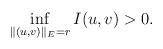
\begin{align*}\mathop{\inf}\limits_{\|(u,v)\|_{E}=r}I(u,v)>0.\end{align*}